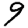
Digit: 9